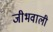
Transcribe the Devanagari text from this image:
जीभवाली